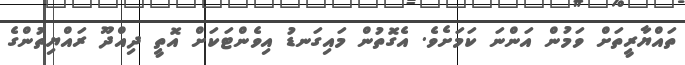
ތައްޔާރީތަށް ވަމުން އަންނަ ކަމަށެވެ. އެގޮތުން މައިގަނޑު އިވެންޓަކަށް އޮތީ ދިއްދޫ ރައްޔިތުންގެ